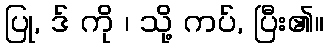
ပြု, ဒ် ကို ၊ သို့ ကပ်, ပြီး၏။